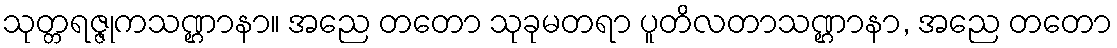
သုတ္တရဇ္ဇုကသဏ္ဌာနာ။ အညေ တတော သုခုမတရာ ပူတိလတာသဏ္ဌာနာ, အညေ တတော